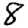
Digit: 8